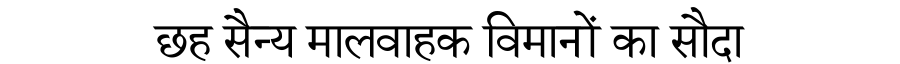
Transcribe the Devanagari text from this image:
छह सैन्य मालवाहक विमानों का सौदा